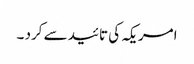
امریکہ کی تائید سے کرد ۔